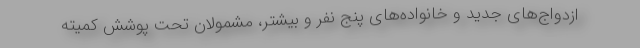
ازدواج‌های جدید و خانواده‌های پنج نفر و بیشتر، مشمولان تحت پوشش کمیته